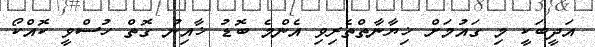
އަދީބަކީ މި ގައުމަށް ޚިޔާނާތްތެރިވި އެންމެ ބޮޑު ޚާއިނު ގޮތް ހުސްވީ ކޮއްކޯ